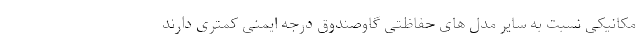
مکانیکی نسبت به سایر مدل­ های حفاظتی گاوصندوق درجه ایمنی کمتری دارند